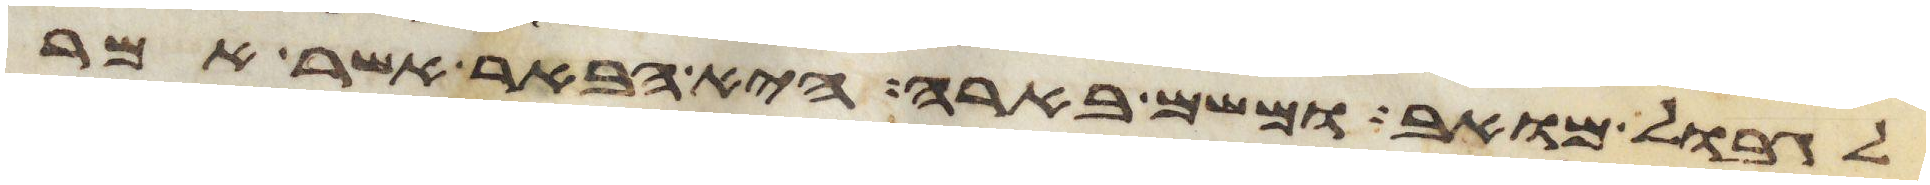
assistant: לגבול מואב ומשם בארה היא הבאר אשר אמר